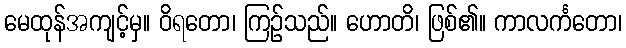
မေထုန်အကျင့်မှ။ ဝိရတော၊ ကြဉ်သည်။ ဟောတိ၊ ဖြစ်၏။ ကာလင်္ကတော၊